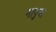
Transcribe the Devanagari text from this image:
मापुआ